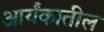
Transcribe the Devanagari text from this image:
आर्यंकातील